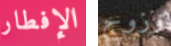
الإفطار وزوج